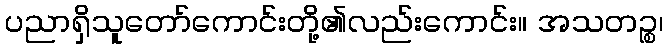
ပညာရှိသူတော်ကောင်းတို့၏လည်းကောင်း။ အသတဉ္စ၊